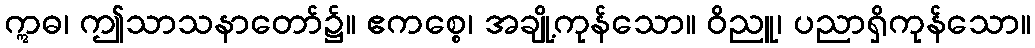
ဣဓ၊ ဤသာသနာတော်၌။ ဧကစ္စေ၊ အချို့ကုန်သော။ ဝိညူ၊ ပညာရှိကုန်သော။